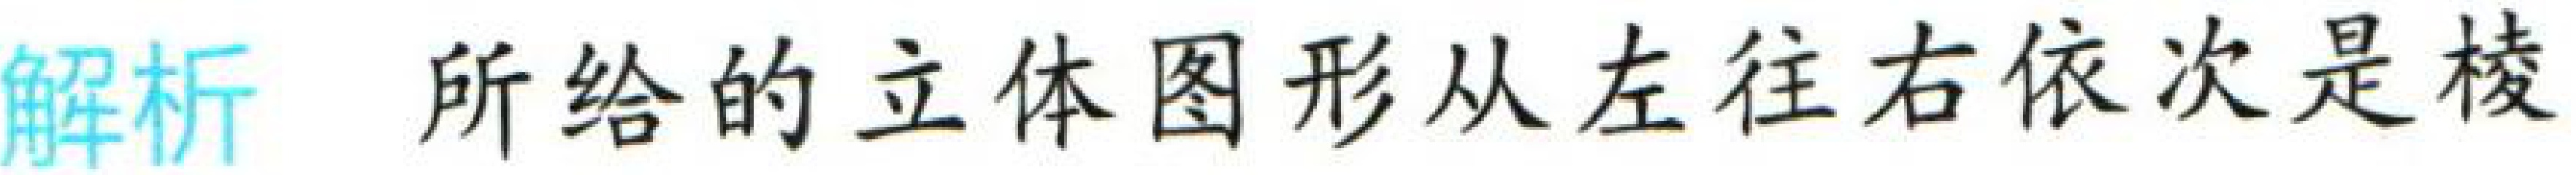
解析 所给的立体图形从左往右依次是棱